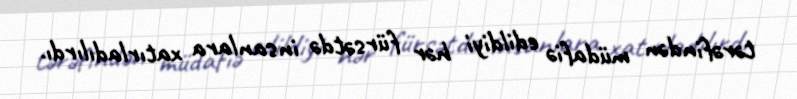
tərəfindən müdafiə edildiyi hər fürsətdə insanlara xatırladılırdı.